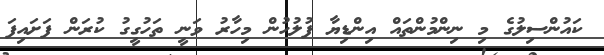
ކައުންސިލުގެ މި ނިންމުންތައް އިންޑިޔާ ފުލުހުން މިހާރު ވަނީ ތަހުގީގު ކުރަން ފަށައިފަ